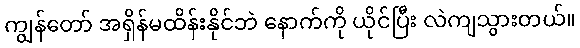
ကျွန်တော် အရှိန်မထိန်းနိုင်ဘဲ နောက်ကို ယိုင်ပြီး လဲကျသွားတယ်။